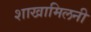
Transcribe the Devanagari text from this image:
शाखामिलनी